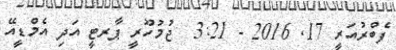
ފެބްރުއަރީ 17